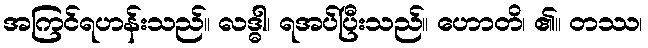
အကြင်ရဟန်းသည်။ လဒ္ဓါ၊ ရအပ်ပြီးသည်။ ဟောတိ၊ ၏။ တဿ၊